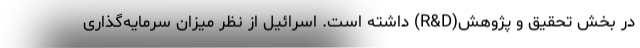
در بخش تحقیق و پژوهش(R&D) داشته است. اسرائیل از نظر میزان سرمایه‌گذاری